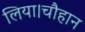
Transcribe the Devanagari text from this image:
लिया।चौहान